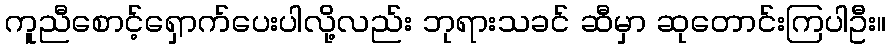
ကူညီစောင့်ရှောက်ပေးပါလို့လည်း ဘုရားသခင် ဆီမှာ ဆုတောင်းကြပါဦး။